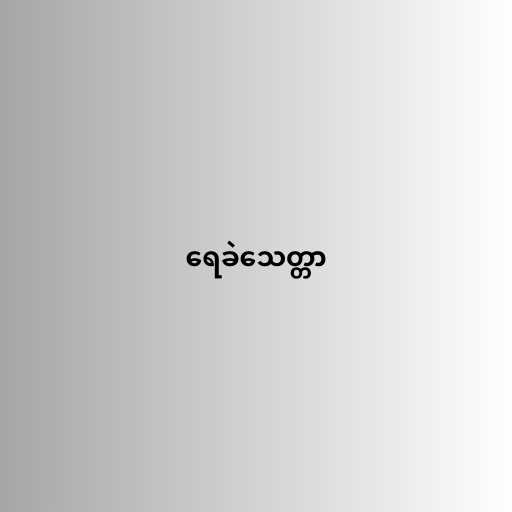
ရေခဲသေတ္တာ